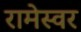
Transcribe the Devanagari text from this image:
रामेस्वर